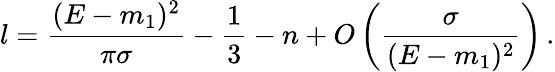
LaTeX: l=\frac{(E-m_{1})^{2}}{\pi\sigma}-\frac{1}{3}-n+O\left(\frac{\sigma}{(E-m_{1})^{2}}\right)\, .